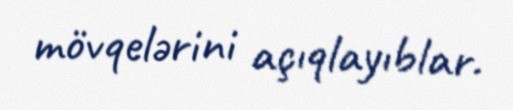
mövqelərini açıqlayıblar.